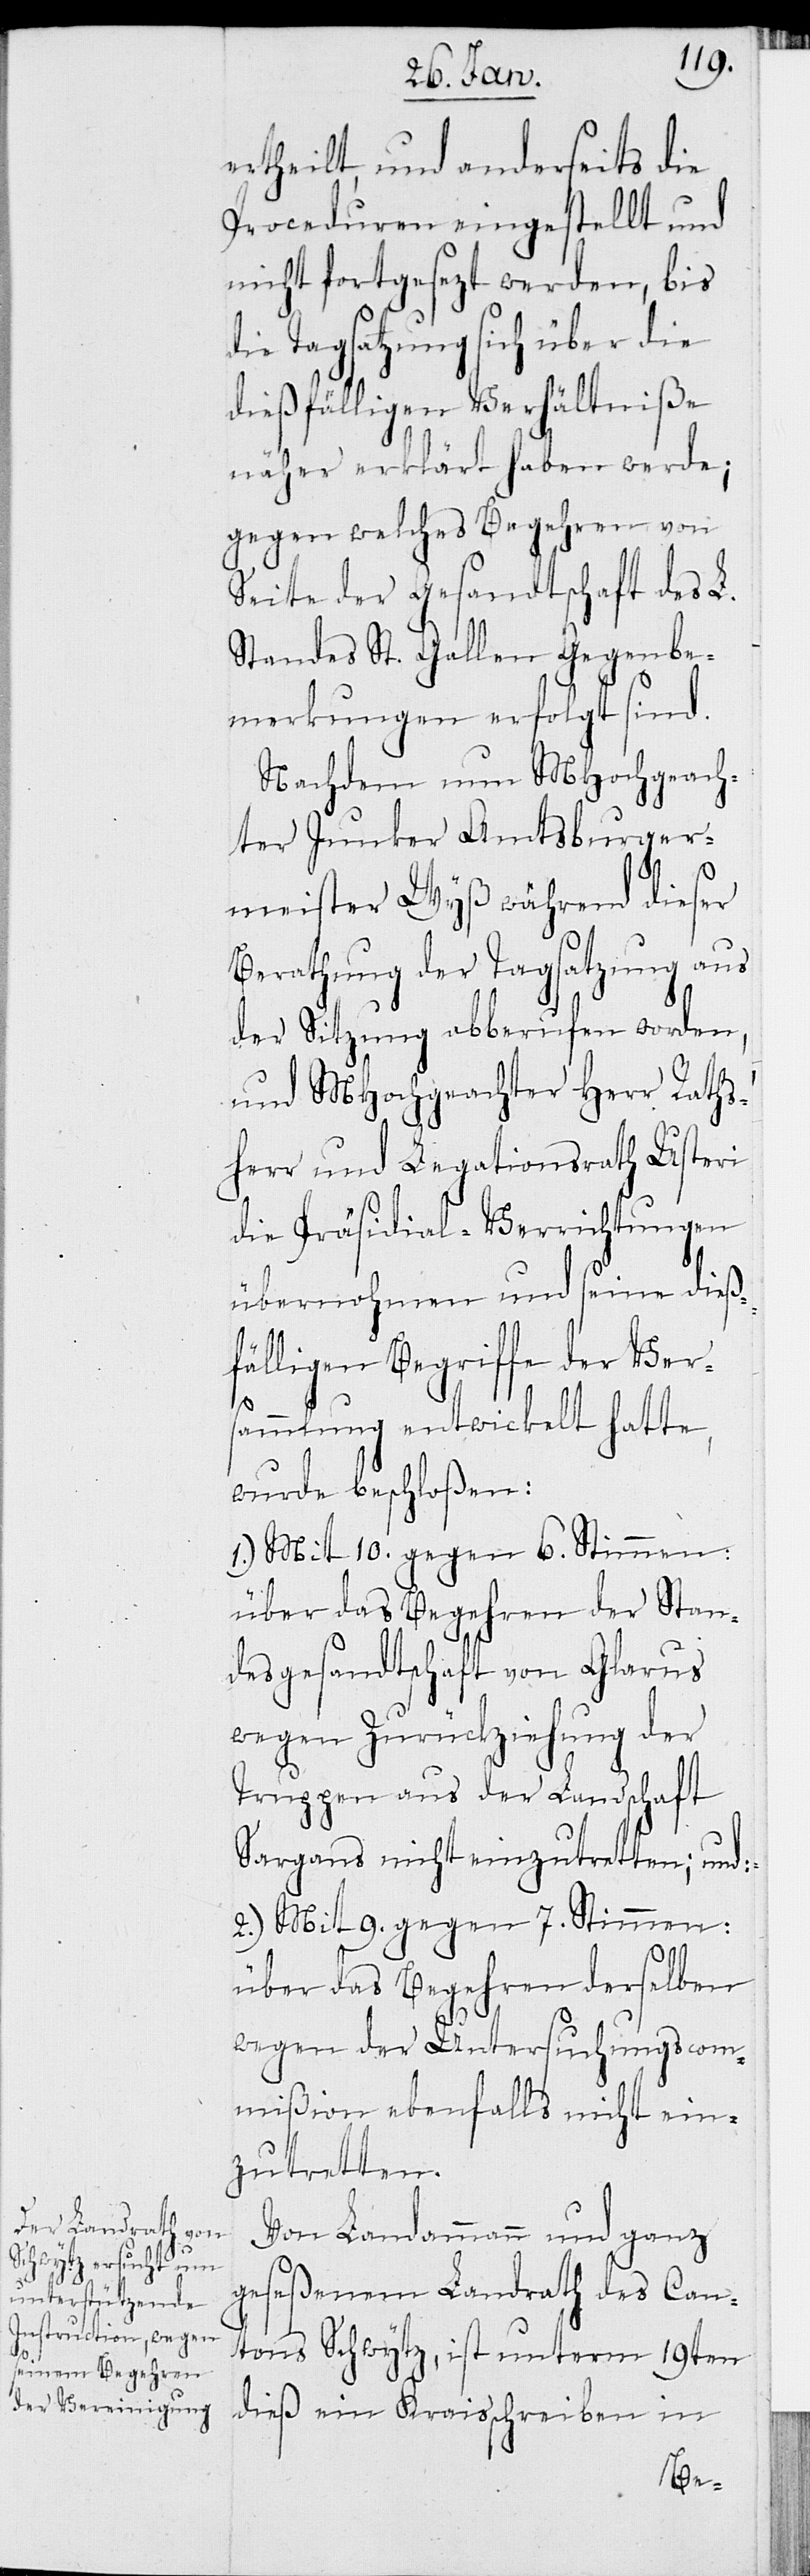
ertheilt, und anderseits die
Proceduren eingestellt und
nicht fortgesezt werden, bis
die Tagsatzung sich über die
dießfälligen Verhältniße
näher erklärt haben werde;
gegen welches Begehren von
Seite der Gesandtschaft des L.
Standes St. Gallen Gegenbe¬
merkungen erfolgt sind.
Nachdem nun MHochgeach¬
ten Junker Amtsburger¬
meister Wyß während dieser
Berathung der Tagsatzung aus
der Sitzung abberufen worden,
und MHochgeachter Herr Raths¬
herr und Legationsrath Usteri
die Präsidial-Verrichtungen
übernohmen und seine dieß¬
fälligen Begriffe der Vers¬
ammlung entwickelt hatte,
wurde beschloßen:
1.) Mit 10. gegen 6. Stimmen:
über das Begehren der Stan¬
desgesandtschaft von Glarus
wegen Zurückziehung der
Truppen aus der Landschaft
Sargans nicht einzutretten; und:
2.) Mit 9. gegen 7. Stimmen:
über das Begehren derselben
wegen der Untersuchungscom¬
mißion ebenfalls nicht ein¬
zutretten.
Von Landammann und ganz
geseßenem Landrath des Can¬
tons Schwytz, ist unterm 19ten
dieß ein Kreisschreiben in